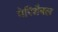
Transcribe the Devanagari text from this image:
पेरिशैबल